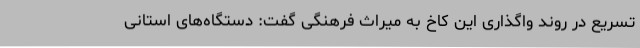
تسریع در روند واگذاری این کاخ به میراث فرهنگی گفت: دستگاه‌های استانی